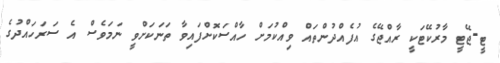
ޓީ-ޖޭޓީ މާރުކޭޓަކީ ރާއްޖޭގެ އުފެއްދުންތައް ވިއްކުމަށް ހާއްސަކޮށްފައިވާ ތަނަކަށްވީ ނަމަވެސް އެ ސަރަހައްދުގެ